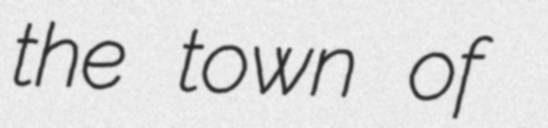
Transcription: the town of